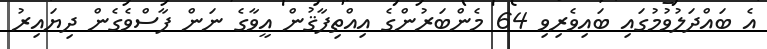
އެ ބައްދަލުވުމުގައި ބައިވެރިވި 64 މެންބަރުންގެ އިއްތިފާޤުން އީވާގެ ނަން ފާސްވެގެން ދިޔައިރު